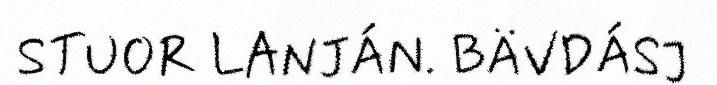
STUOR LANJÁN. BÄVDÁSJ